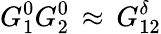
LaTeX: G_{1}^{0}G_{2}^{0}\, \approx\, G_{12}^{\delta}